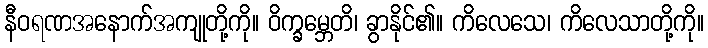
နီဝရဏအနောက်အကျုတို့ကို။ ဝိက္ခမ္ဘေတိ၊ ခွာနိုင်၏။ ကိလေသေ၊ ကိလေသာတို့ကို။